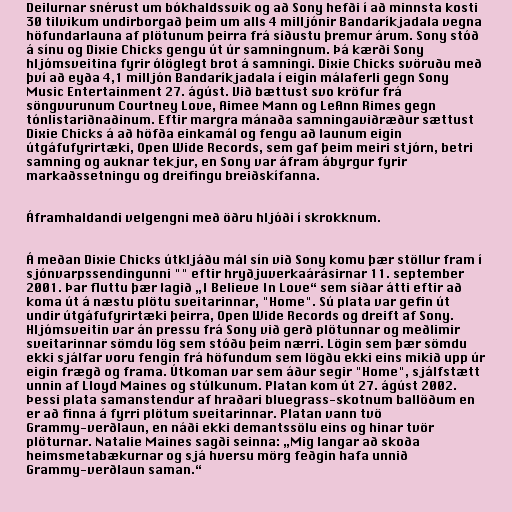
Deilurnar snérust um bókhaldssvik og að Sony hefði í að minnsta kosti
30 tilvikum undirborgað þeim um alls 4 milljónir Bandaríkjadala vegna
höfundarlauna af plötunum þeirra frá síðustu þremur árum. Sony stóð
á sínu og Dixie Chicks gengu út úr samningnum. Þá kærði Sony
hljómsveitina fyrir ólöglegt brot á samningi. Dixie Chicks svöruðu með
því að eyða 4,1 milljón Bandaríkjadala í eigin málaferli gegn Sony
Music Entertainment 27. ágúst. Við bættust svo kröfur frá
söngvurunum Courtney Love, Aimee Mann og LeAnn Rimes gegn
tónlistariðnaðinum. Eftir margra mánaða samningaviðræður sættust
Dixie Chicks á að höfða einkamál og fengu að launum eigin
útgáfufyrirtæki, Open Wide Records, sem gaf þeim meiri stjórn, betri
samning og auknar tekjur, en Sony var áfram ábyrgur fyrir
markaðssetningu og dreifingu breiðskífanna.

Áframhaldandi velgengni með öðru hljóði í skrokknum.

Á meðan Dixie Chicks útkljáðu mál sín við Sony komu þær stöllur fram í
sjónvarpssendingunni "" eftir hryðjuverkaárásirnar 11. september
2001. Þar fluttu þær lagið „I Believe In Love“ sem síðar átti eftir að
koma út á næstu plötu sveitarinnar, "Home". Sú plata var gefin út
undir útgáfufyrirtæki þeirra, Open Wide Records og dreift af Sony.
Hljómsveitin var án pressu frá Sony við gerð plötunnar og meðlimir
sveitarinnar sömdu lög sem stóðu þeim nærri. Lögin sem þær sömdu
ekki sjálfar voru fengin frá höfundum sem lögðu ekki eins mikið upp úr
eigin frægð og frama. Útkoman var sem áður segir "Home", sjálfstætt
unnin af Lloyd Maines og stúlkunum. Platan kom út 27. ágúst 2002.
Þessi plata samanstendur af hraðari bluegrass-skotnum ballöðum en
er að finna á fyrri plötum sveitarinnar. Platan vann tvö
Grammy-verðlaun, en náði ekki demantssölu eins og hinar tvör
plöturnar. Natalie Maines sagði seinna: „Mig langar að skoða
heimsmetabækurnar og sjá hversu mörg feðgin hafa unnið
Grammy-verðlaun saman.“